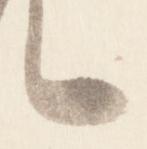
言